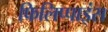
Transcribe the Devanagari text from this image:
फिलिप्पाइंस